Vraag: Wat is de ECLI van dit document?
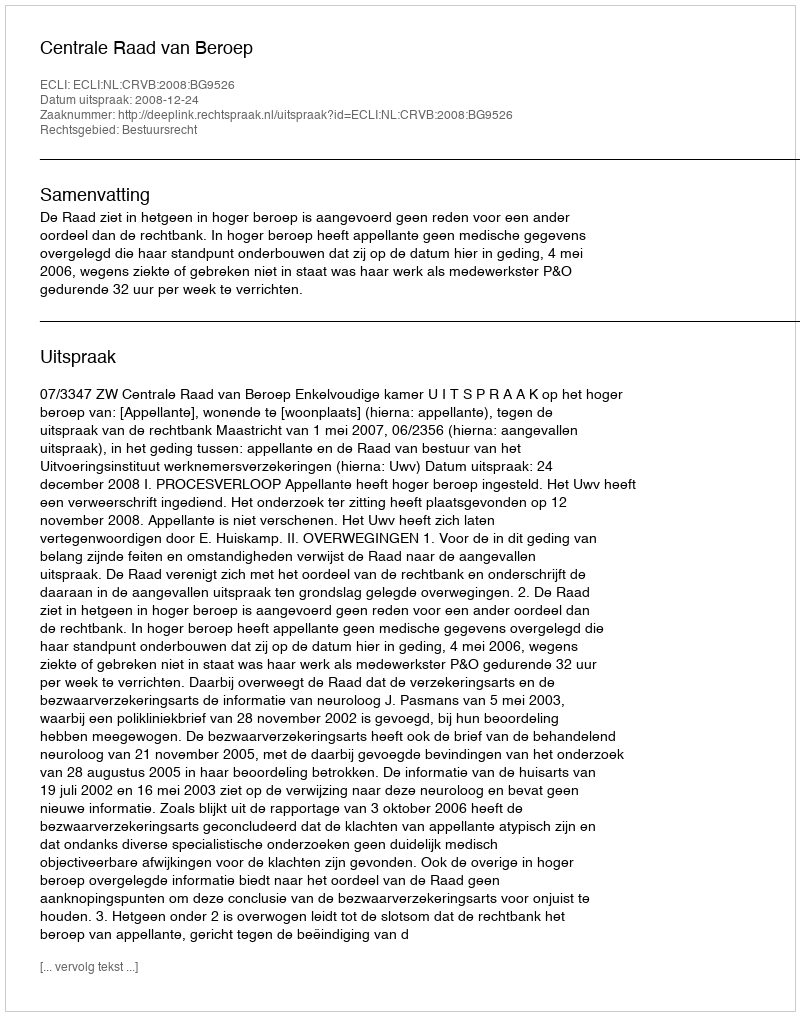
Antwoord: ECLI:NL:CRVB:2008:BG9526